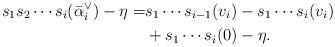
LaTeX: \begin{align*}s_1 s_2 \cdots s_i(\bar \alpha_i^\vee) - \eta = & s_1 \cdots s_{i-1}(v_i) - s_1\cdots s_i(v_i) \\ & + s_1 \cdots s_i(0) - \eta .\end{align*}